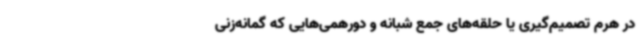
در هرم تصمیم‌گیری یا حلقه‌های جمع شبانه و دورهمی‌هایی که گمانه‌زنی